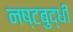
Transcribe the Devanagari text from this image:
नष्टबुद्धी